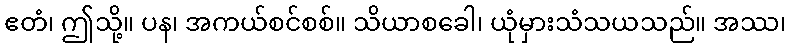
ဧတံ၊ ဤသို့။ ပန၊ အကယ်စင်စစ်။ သိယာစခေါ၊ ယုံမှားသံသယသည်။ အဿ၊